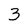
Character: 3